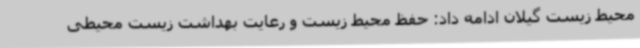
محیط زیست گیلان ادامه داد: حفظ محیط زیست و رعایت بهداشت زیست محیطی